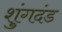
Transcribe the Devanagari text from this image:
शुंगदंड